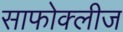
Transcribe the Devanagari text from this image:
साफोक्लीज